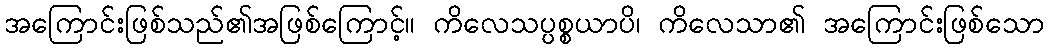
အကြောင်းဖြစ်သည်၏အဖြစ်ကြောင့်။ ကိလေသပ္ပစ္စယာပိ၊ ကိလေသာ၏ အကြောင်းဖြစ်သော